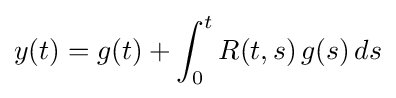
y(t)=g(t)+\int _{0}^{t}R(t,s)\,g(s)\,ds